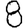
Digit: 8